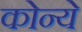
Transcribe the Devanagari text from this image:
कोन्ये